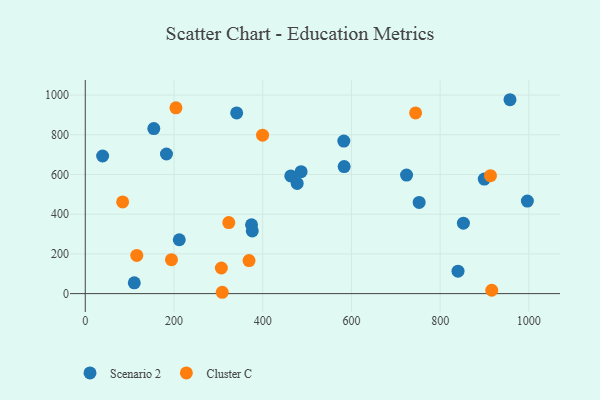
{"axis": {"x": "Investment", "y": "Sales"}, "legend": ["Cluster C", "Scenario 2"], "data": [{"x": "996.7", "y": 466.1, "type": "Scenario 2"}, {"x": "39.1", "y": 693.1, "type": "Scenario 2"}, {"x": "582.9", "y": 768.1, "type": "Scenario 2"}, {"x": "211.9", "y": 271.2, "type": "Scenario 2"}, {"x": "724.3", "y": 597.0, "type": "Scenario 2"}, {"x": "154.5", "y": 830.9, "type": "Scenario 2"}, {"x": "486.6", "y": 614.0, "type": "Scenario 2"}, {"x": "899.5", "y": 576.9, "type": "Scenario 2"}, {"x": "376.5", "y": 315.6, "type": "Scenario 2"}, {"x": "463.3", "y": 592.9, "type": "Scenario 2"}, {"x": "477.7", "y": 554.8, "type": "Scenario 2"}, {"x": "374.8", "y": 346.8, "type": "Scenario 2"}, {"x": "110.5", "y": 54.4, "type": "Scenario 2"}, {"x": "752.7", "y": 459.1, "type": "Scenario 2"}, {"x": "957.5", "y": 976.4, "type": "Scenario 2"}, {"x": "840.3", "y": 113.0, "type": "Scenario 2"}, {"x": "852.5", "y": 354.8, "type": "Scenario 2"}, {"x": "583.6", "y": 639.9, "type": "Scenario 2"}, {"x": "341.3", "y": 909.8, "type": "Scenario 2"}, {"x": "183.0", "y": 703.0, "type": "Scenario 2"}, {"x": "323.5", "y": 357.9, "type": "Cluster C"}, {"x": "913.5", "y": 594.0, "type": "Cluster C"}, {"x": "916.4", "y": 16.8, "type": "Cluster C"}, {"x": "306.8", "y": 129.0, "type": "Cluster C"}, {"x": "308.8", "y": 6.7, "type": "Cluster C"}, {"x": "194.3", "y": 170.9, "type": "Cluster C"}, {"x": "369.2", "y": 166.3, "type": "Cluster C"}, {"x": "116.1", "y": 192.4, "type": "Cluster C"}, {"x": "399.7", "y": 797.9, "type": "Cluster C"}, {"x": "84.2", "y": 461.6, "type": "Cluster C"}, {"x": "744.7", "y": 909.9, "type": "Cluster C"}, {"x": "204.4", "y": 935.6, "type": "Cluster C"}]}